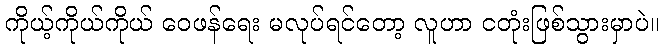
ကိုယ့်ကိုယ်ကိုယ် ဝေဖန်ရေး မလုပ်ရင်တော့ လူဟာ ငတုံးဖြစ်သွားမှာပဲ။